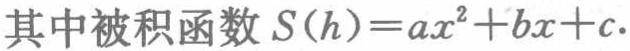
其中被积函数 \(S(h)=ax^{2}+bx + c.\)